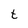
Character: t